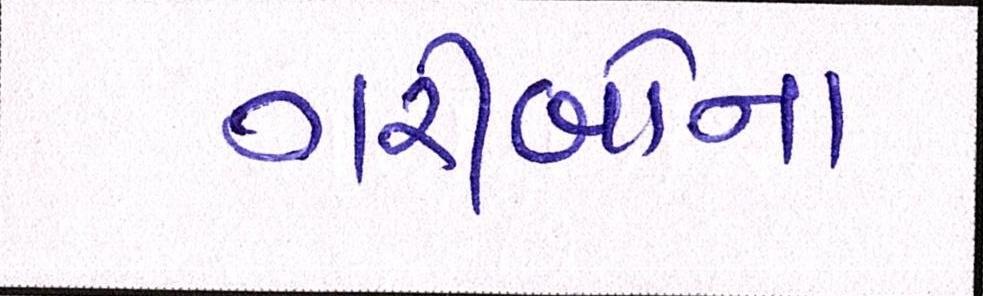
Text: ગરીબોના